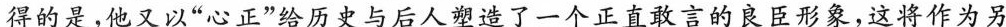
得的是，他又以”心正”给历史与后人塑造了一个正直敢言的良臣形象，这将作为另